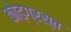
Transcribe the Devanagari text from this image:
कोढ़ग्रस्त